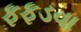
ફફડવા